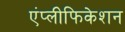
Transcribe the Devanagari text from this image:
एंप्लीफिकेशन